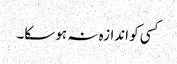
کسی کو اندازہ نہ ہو سکا۔